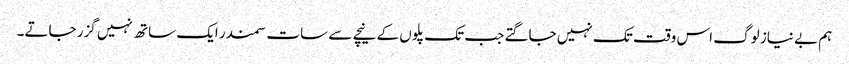
ہم بے نیاز لوگ اس وقت تک نہیں جاگتے جب تک پلوں کے نیچے سے سات سمندر ایک ساتھ نہیں گزر جاتے۔